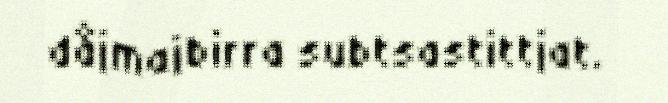
dåjmajbirra subtsastittjat.